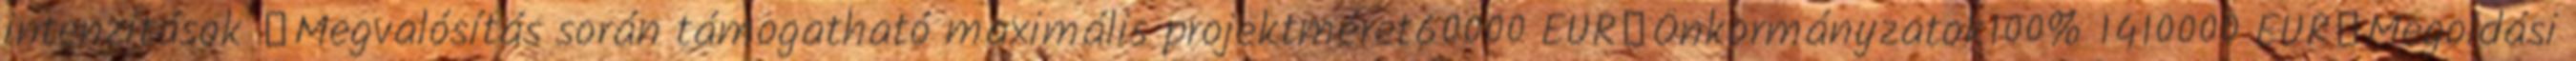
intenzitások ▪Megvalósítás során támogatható maximális projektméret60000 EUR▪Önkormányzatok100% 1410000 EUR▪Megoldási